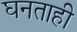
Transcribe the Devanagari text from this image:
घनताही